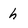
Character: h